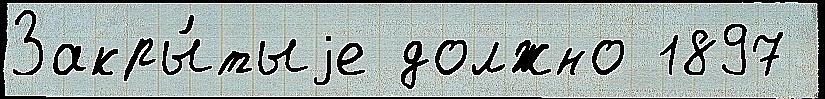
Закры́тыjе должно 1897